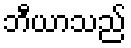
ဘီယာသည်